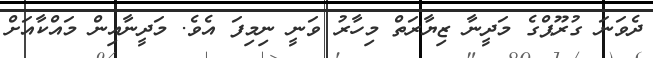
ދެވަނަ ގުރޫޕްގެ މަދީނާ ޒިޔާރަތް މިހާރު ވަނީ ނިމިފަ އެވެ. މަދީނާއިން މައްކާއަށް